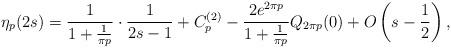
LaTeX: \begin{align*}\eta_{p}(2s)=\frac{1}{1+\frac{1}{\pi p}}\cdot\frac{1}{2s-1}+C_{p}^{(2)}-\frac{2e^{2\pi p}}{1+\frac{1}{\pi p}}Q_{2\pi p}(0)+O\left(s-\frac{1}{2}\right),\end{align*}